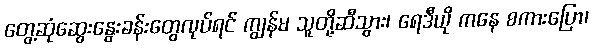
တွေ့ဆုံဆွေးနွေးခန်းတွေလုပ်ရင် ကျွန်မ သူတို့ဆီသွား၊ ရေဒီယို ကနေ စကားပြော၊